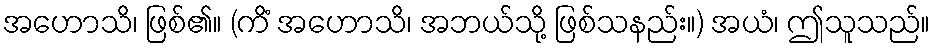
အဟောသိ၊ ဖြစ်၏။ (ကိံ အဟောသိ၊ အဘယ်သို့ ဖြစ်သနည်း။) အယံ၊ ဤသူသည်။